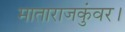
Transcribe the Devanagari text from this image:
माताराजकुंवर।